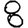
Digit: 8